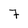
Character: 7